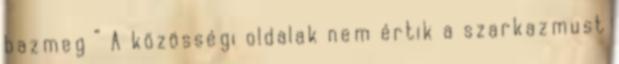
bazmeg ” A közösségi oldalak nem értik a szarkazmust